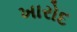
ખારોદ